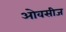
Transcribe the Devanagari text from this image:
ओवसीज